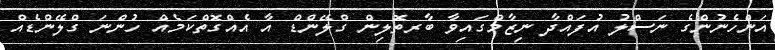
އަންހެނުންގެ ނަސްލު އުފައްދާ ނިޒާމްގައިވާ ބާރތޮލިން ގްލޭންޑް އާ އެއްގޮތްކަމެއް ހުންނަ ގްލޭންޑެއް